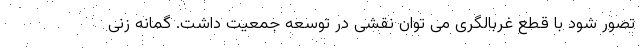
تصور شود با قطع غربالگری می توان نقشی در توسعه جمعیت داشت. گمانه زنی